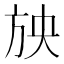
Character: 𣃝